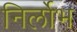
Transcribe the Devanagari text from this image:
निर्लोभ